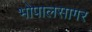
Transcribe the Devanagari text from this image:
भोपालसागर